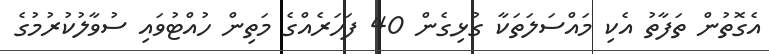
އެގޮތުން ތަފާތު އެކި މައްސަލަތަކާ ގުޅިގެން 40 ފަހަރެއްގެ މަތިން ހުއްޓުވައި ސުވާލުކުރުމުގެ